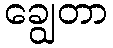
ချွေတာ